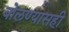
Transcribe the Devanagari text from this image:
बोलण्यासही